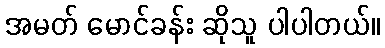
အမတ် မောင်ခန်း ဆိုသူ ပါပါတယ်။